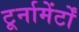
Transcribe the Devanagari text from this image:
टूर्नामेंर्टों